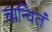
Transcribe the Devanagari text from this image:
चान्वितं